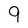
Character: 9